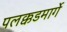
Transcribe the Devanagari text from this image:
पलक्कडमार्गे